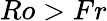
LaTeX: Ro>Fr